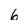
Character: 6